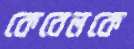
কেবেলকে